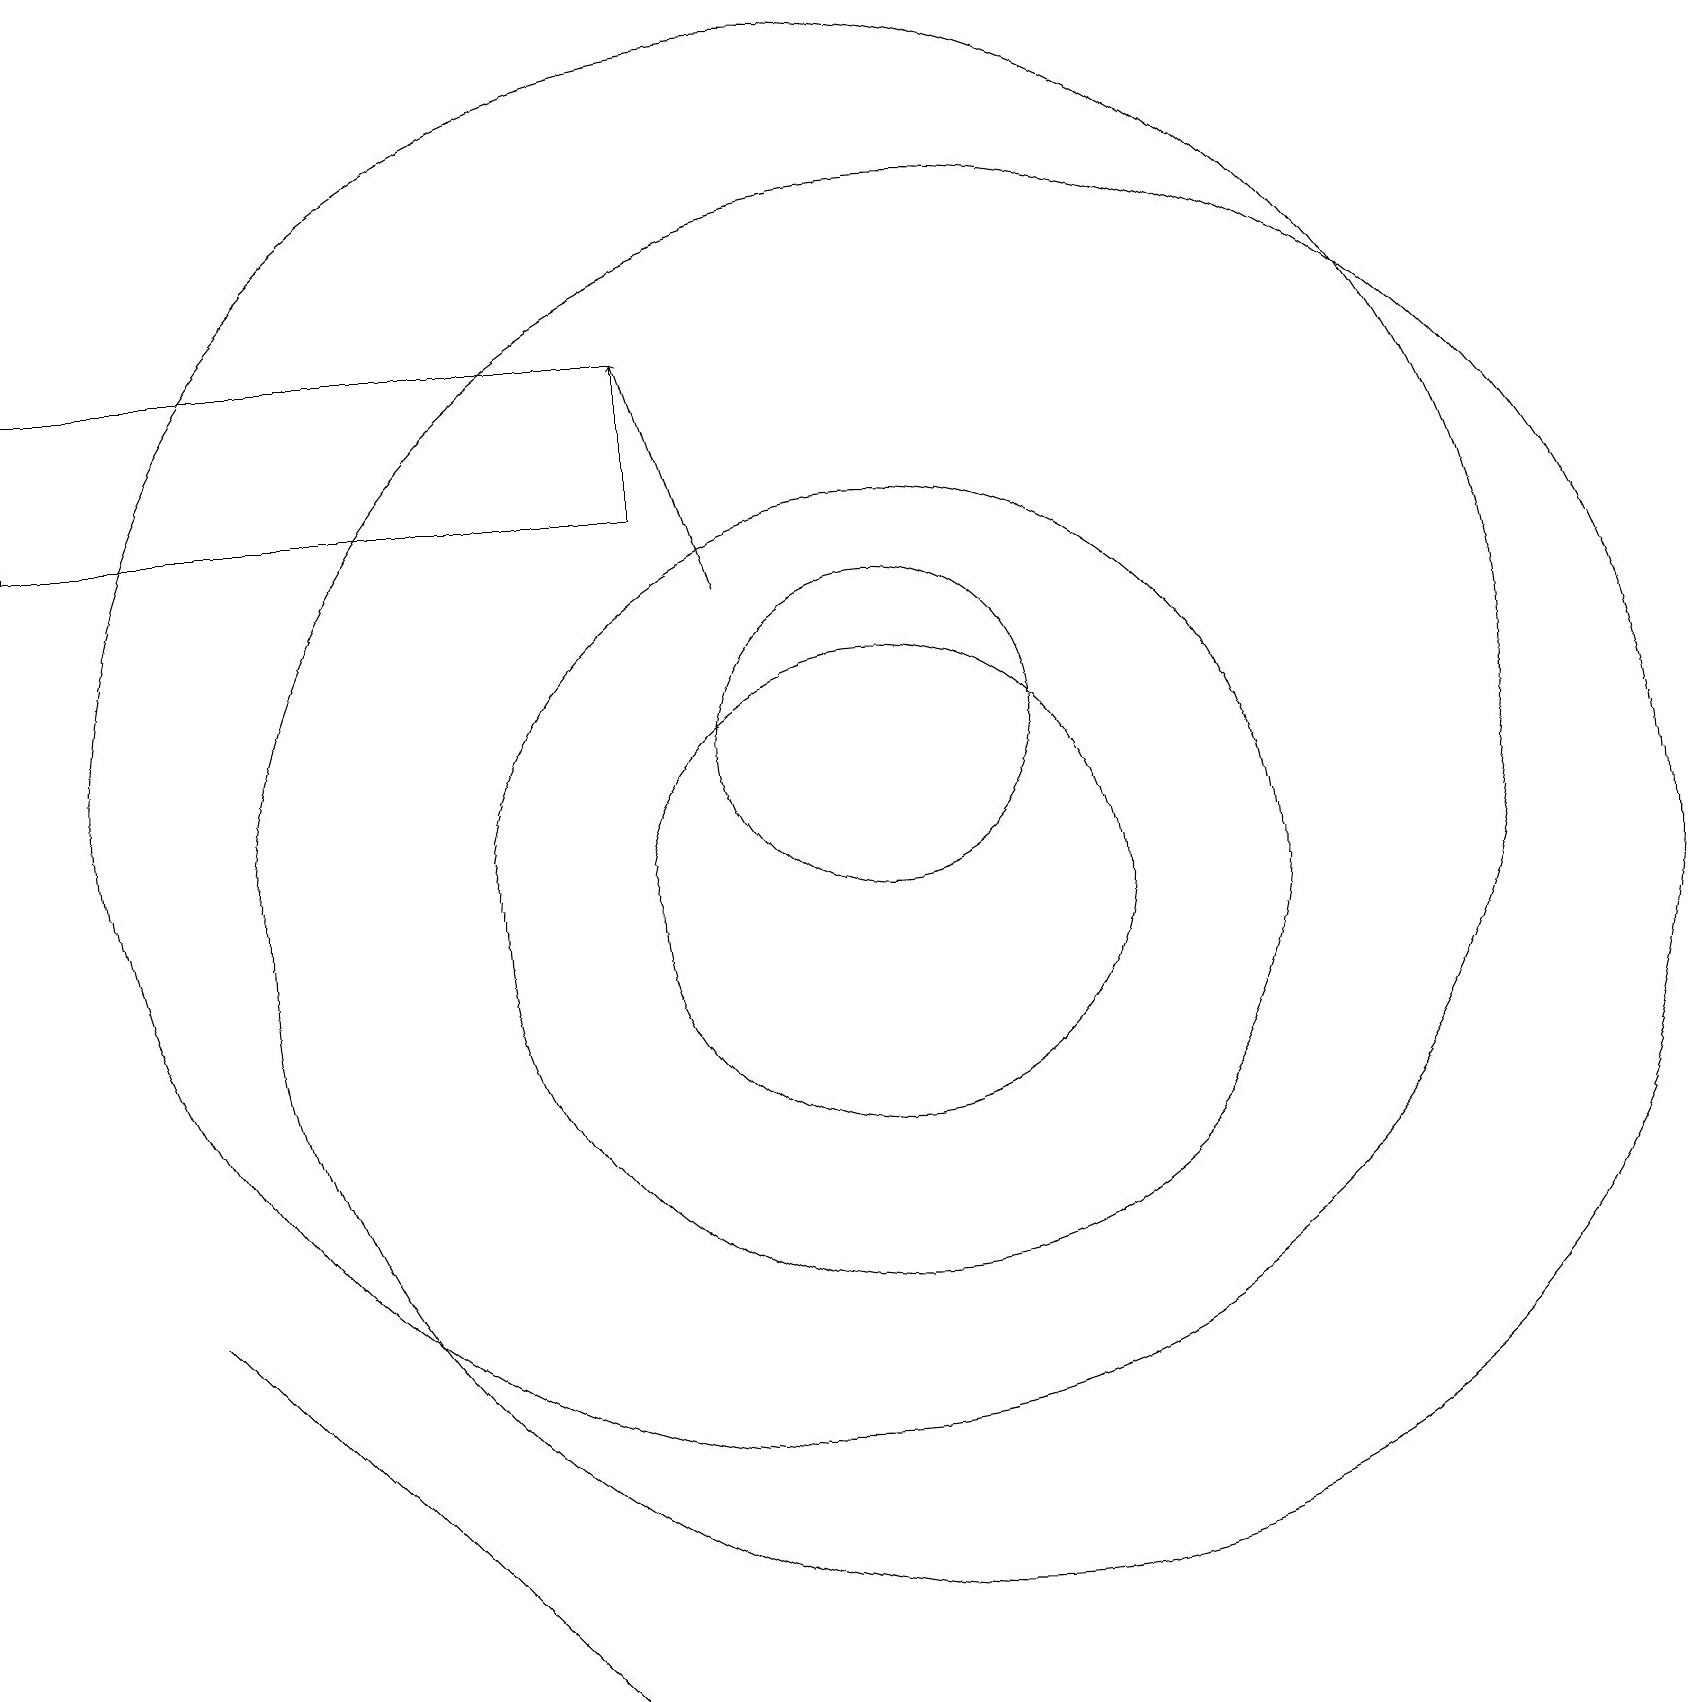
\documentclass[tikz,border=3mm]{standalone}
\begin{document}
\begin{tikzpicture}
\draw (7,0) -- (2,5) -- (2,5) -- cycle;
\draw (11,10) circle (5);
\draw (11,12) circle (2);
\draw (10,12) circle (9);
\draw (11,10) circle (3);
\draw (0,15) rectangle (8,17);
\draw[->] (9,14) -- (8,17);
\draw (12,10) circle (9);
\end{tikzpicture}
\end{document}